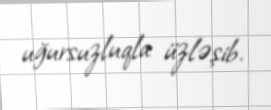
uğursuzluqla üzləşib.